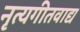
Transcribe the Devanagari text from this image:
नृत्यगीतवाद्य